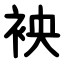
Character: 䘧